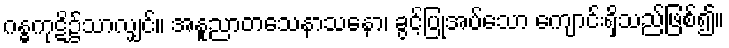
ဂန္ဓကုဋိ၌သာလျှင်။ အနူညာတသေနာသနော၊ ခွင့်ပြုအပ်သော ကျောင်းရှိသည်ဖြစ်၍။